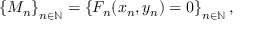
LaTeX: \left\{ M _ { n } \right\} _ { n \in \mathbb { N } } = \left\{ F _ { n } ( x _ { n } , y _ { n } ) = 0 \right\} _ { n \in \mathbb { N } } ,